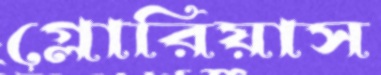
গ্লোরিয়াস